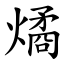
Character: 燏